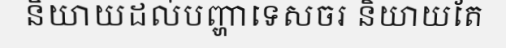
និយាយដល់បញ្ហាទេសចរ និយាយតែ